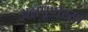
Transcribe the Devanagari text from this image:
अन्नपूर्णय्या